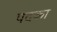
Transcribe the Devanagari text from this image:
पदका